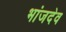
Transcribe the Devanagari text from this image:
भांजदेव